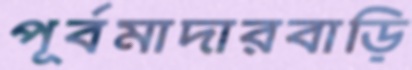
পূর্বমাদারবাড়ি